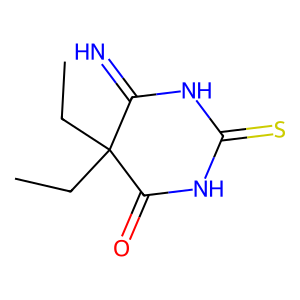
SMILES: CCC1(CC)C(=N)NC(=S)NC1=O
Inhibits HIV replication: No